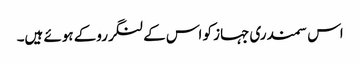
اس سمندری جہاز کو اس کےلنگرروکے ہوئے ہیں۔